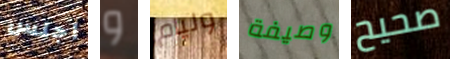
اجلس و وليام وصيفة صحيح